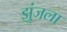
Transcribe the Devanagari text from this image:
झुंजला